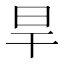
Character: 旱